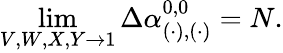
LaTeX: \operatorname*{lim}_{V,W,X,Y\rightarrow 1}\Delta\alpha_{(\cdot),(\cdot)}^{0,0}=N.